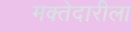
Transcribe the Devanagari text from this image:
मक्तेदारीला